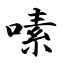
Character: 嗉